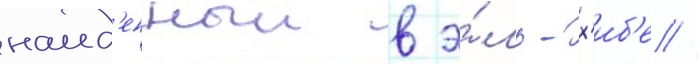
наид'енныи в э́ль-х'иб'е //